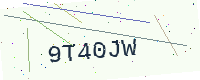
Text: 9T40JW